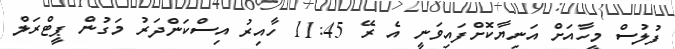
ފުލުސް މީހާއަށް އަނިޔާކޮށްފައިވަނީ އެ ރޭ 11:45 ހާއިރު އިސްކަންދަރު މަގުން ޕީޓްރަލް